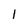
Character: 1